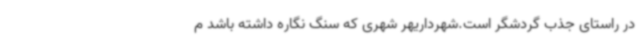
در راستای جذب گردشگر است.شهرداریهر شهری که سنگ نگاره داشته باشد م